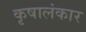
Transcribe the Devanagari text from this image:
कृषालंकार